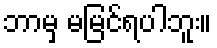
ဘာမှ မမြင်ရပါဘူး။